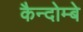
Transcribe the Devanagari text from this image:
कैन्दोम्बे